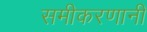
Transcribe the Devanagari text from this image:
समीकरणानी